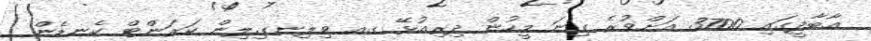
އާބާދީގައި 3700 އަށްވުރެ ގިނަ މީހުން ދިރިއުޅޭ ގއ ވިލިނގިލިން ކަރަންޓް ކެނޑެން